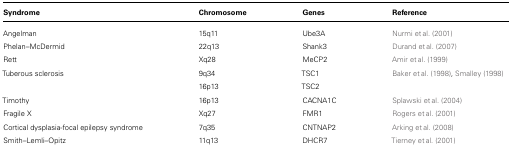
<table><thead><tr><td><b>Syndrome</b></td><td><b>Chromosome</b></td><td><b>Genes</b></td><td><b>Reference</b></td></tr></thead><tbody><tr><td>Angelman</td><td>15q11</td><td>Ube3A</td><td>Nurmi et al. (2001)</td></tr><tr><td>Phelan–McDermid</td><td>22q13</td><td>Shank3</td><td>Durand et al. (2007)</td></tr><tr><td>Rett</td><td>Xq28</td><td>MeCP2</td><td>Amir et al. (1999)</td></tr><tr><td>Tuberous sclerosis</td><td>9q34</td><td>TSC1</td><td>Baker et al. (1998), Smalley (1998)</td></tr><tr><td></td><td>16p13</td><td>TSC2</td><td></td></tr><tr><td>Timothy</td><td>16p13</td><td>CACNA1C</td><td>Splawski et al. (2004)</td></tr><tr><td>Fragile X</td><td>Xq27</td><td>FMR1</td><td>Rogers et al. (2001)</td></tr><tr><td>Cortical dysplasia-focal epilepsy syndrome</td><td>7q35</td><td>CNTNAP2</td><td>Arking et al. (2008)</td></tr><tr><td>Smith–Lemli–Opitz</td><td>11q13</td><td>DHBR7</td><td>Tierney et al. (2001)</td></tr></tbody></table>